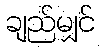
ချည်မျှင်